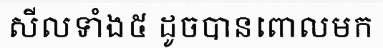
សីលទាំង៥ ដូចបានពោលមក